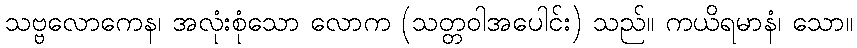
သဗ္ဗလောကေန၊ အလုံးစုံသော လောက (သတ္တဝါအပေါင်း) သည်။ ကယိရမာနံ၊ သော။